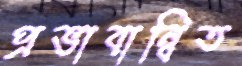
প্রভাবান্বিত